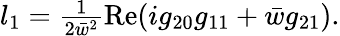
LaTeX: \begin{array}{r}{l_{1}=\frac{1}{2\bar{w}^{2}}\mathrm{Re}(ig_{20}g_{11}+\bar{w}g_{21}).}\end{array}